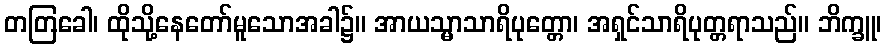
တတြခေါ၊ ထိုသို့နေတော်မူသောအခါ၌။ အာယသ္မာသာရိပုတ္တော၊ အရှင်သာရိပုတ္တရာသည်။ ဘိက္ခူ၊